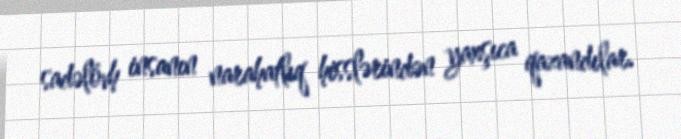
sadəlövh insanın narahatlıq hisslərindən yaxşıca qazandılar.